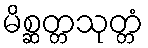
မိစ္ဆတ္တသုတ္တံ